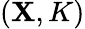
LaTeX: (\mathbf{X},K)